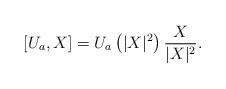
LaTeX: \begin{align*} \left[U_a, X\right]=U_a\left(|X|^2\right) \frac{X}{|X|^2}. \end{align*}